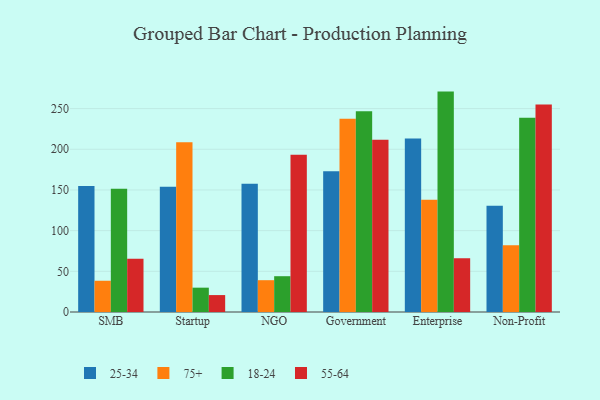
{"axis": {"x": "Segment", "y": "Latency (ms)"}, "legend": ["18-24", "25-34", "55-64", "75+"], "data": [{"x": "SMB", "y": 154.8, "type": "25-34"}, {"x": "SMB", "y": 38.4, "type": "75+"}, {"x": "SMB", "y": 151.5, "type": "18-24"}, {"x": "SMB", "y": 65.3, "type": "55-64"}, {"x": "Startup", "y": 154.0, "type": "25-34"}, {"x": "Startup", "y": 208.5, "type": "75+"}, {"x": "Startup", "y": 29.9, "type": "18-24"}, {"x": "Startup", "y": 20.8, "type": "55-64"}, {"x": "NGO", "y": 157.6, "type": "25-34"}, {"x": "NGO", "y": 39.1, "type": "75+"}, {"x": "NGO", "y": 44.0, "type": "18-24"}, {"x": "NGO", "y": 193.4, "type": "55-64"}, {"x": "Government", "y": 173.0, "type": "25-34"}, {"x": "Government", "y": 237.4, "type": "75+"}, {"x": "Government", "y": 246.9, "type": "18-24"}, {"x": "Government", "y": 211.6, "type": "55-64"}, {"x": "Enterprise", "y": 213.4, "type": "25-34"}, {"x": "Enterprise", "y": 138.0, "type": "75+"}, {"x": "Enterprise", "y": 270.9, "type": "18-24"}, {"x": "Enterprise", "y": 66.0, "type": "55-64"}, {"x": "Non-Profit", "y": 130.7, "type": "25-34"}, {"x": "Non-Profit", "y": 82.1, "type": "75+"}, {"x": "Non-Profit", "y": 238.7, "type": "18-24"}, {"x": "Non-Profit", "y": 255.1, "type": "55-64"}]}